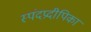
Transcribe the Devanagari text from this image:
स्पंदप्रदीपिका